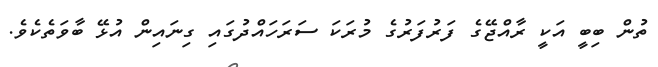
ތުން ބިބީ އަކީ ރާއްޖޭގެ ފަރުފަރުގެ މުރަކަ ސަރަހައްދުގައި ގިނައިން އުޅޭ ބާވަތެކެވެ.